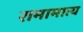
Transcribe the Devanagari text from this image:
रामामात्य